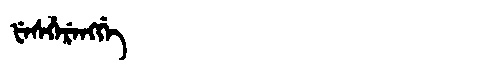
Manchu: ᡶᡝᠰᡥᡝᡵᡝᠩᡤᡝ
Romanization: FESHERENGGE